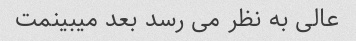
عالی به نظر می رسد بعد میبینمت